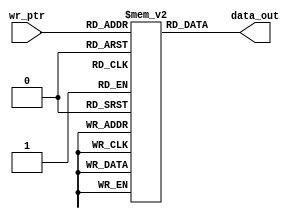
`timescale 1ns / 1ps

module transmitter_data(wr_ptr,data_out);
	output [7:0] data_out;
	input [7:0] wr_ptr;
	reg [7:0] input_rom [255:0];
	integer i;
	initial begin

	for(i=0;i<256;i=i+1)
		input_rom[i] = i;
	end

	assign data_out = input_rom[wr_ptr];

//transmitter_data td(tr_ptr,data_in);
endmodule